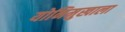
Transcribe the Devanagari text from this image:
योनिमुखाला